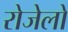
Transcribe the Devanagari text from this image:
रोजेलो